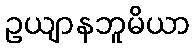
ဥယျာနဘူမိယာ